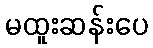
မထူးဆန်းပေ